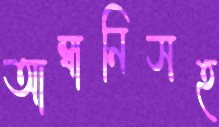
আম্বানিসহ